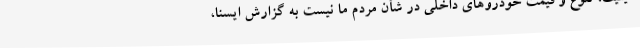
کیفیت، تنوع و قیمت خودروهای داخلی در شأن مردم ما نیست به گزارش ایسنا،